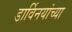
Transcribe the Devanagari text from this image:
डार्विनयांच्या